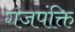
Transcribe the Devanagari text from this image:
गजपंक्ति